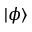
| \phi \rangle